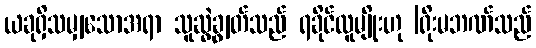
ယခုရှိသမျှသောအရာ သူဆွဲချွတ်သည် ရခိုင်လူမျိုးဟု |ရိုးမဘဏ်သည်